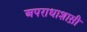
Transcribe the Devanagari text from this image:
अपराधाशास़ी